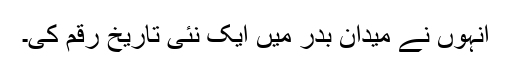
انہوں نے میدان بدر میں ایک نئی تاریخ رقم کی۔